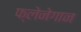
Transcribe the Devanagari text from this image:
फ्लेनेगान